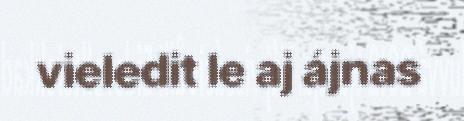
vieledit le aj ájnas